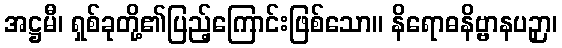
အဋ္ဌမီ၊ ရှစ်ခုတို့၏ပြည့်ကြောင်းဖြစ်သော။ နိရောဓနိဗ္ဗာနပဉှာ၊